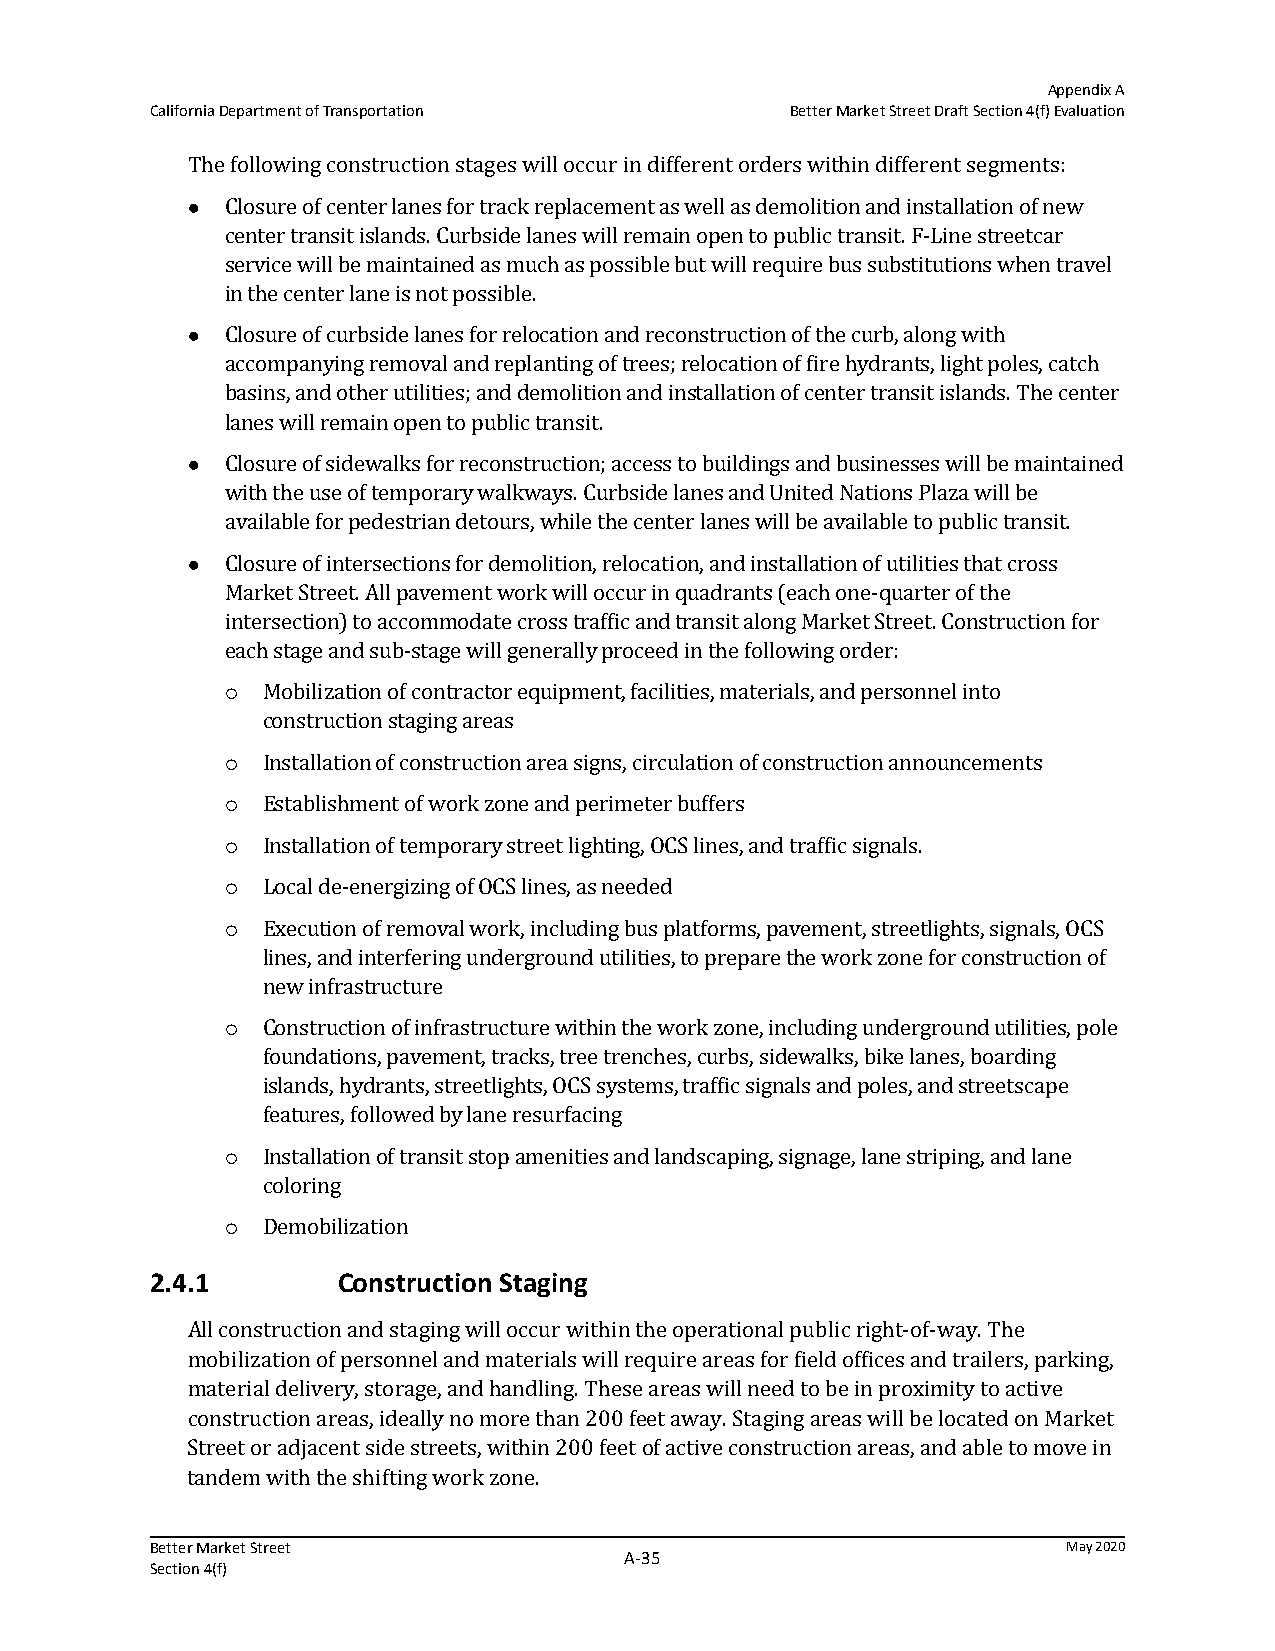
Appendix A
 California Department of Transportation   Better Market Street Draft Section 4(f) Evaluation
 The following construction stages will occur in different orders within different segments:
   Closure of center lanes for track replacement as well as demolition and installation of new
 center transit islands. Curbside lanes will remain open to public transit. F-Line streetcar
 service will be maintained as much as possible but will require bus substitutions when travel
 in the center lane is not possible.
   Closure of curbside lanes for relocation and reconstruction of the curb, along with
 accompanying removal and replanting of trees; relocation of fire hydrants, light poles, catch
 basins, and other utilities; and demolition and installation of center transit islands. The center
 lanes will remain open to public transit.
   Closure of sidewalks for reconstruction; access to buildings and businesses will be maintained
 with the use of temporary walkways. Curbside lanes and United Nations Plaza will be
 available for pedestrian detours, while the center lanes will be available to public transit.
   Closure of intersections for demolition, relocation, and installation of utilities that cross
 Market Street. All pavement work will occur in quadrants (each one-quarter of the
 intersection) to accommodate cross traffic and transit along Market Street. Construction for
 each stage and sub-stage will generally proceed in the following order:
 Mobilization of contractor equipment, facilities, materials, and personnel into
 
 construction staging areas
 Installation of construction area signs, circulation of construction announcements
 
 Establishment of work zone and perimeter buffers
 
 Installation of temporary street lighting, OCS lines, and traffic signals.
 
 Local de-energizing of OCS lines, as needed
 
 Execution of removal work, including bus platforms, pavement, streetlights, signals, OCS
 
 lines, and interfering underground utilities, to prepare the work zone for construction of
 new infrastructure
 Construction of infrastructure within the work zone, including underground utilities, pole
 
 foundations, pavement, tracks, tree trenches, curbs, sidewalks, bike lanes, boarding
 islands, hydrants, streetlights, OCS systems, traffic signals and poles, and streetscape
 features, followed by lane resurfacing
 Installation of transit stop amenities and landscaping, signage, lane striping, and lane
 
 coloring
 Demobilization
 
 2.4.1       Construction Staging
 All construction and staging will occur within the operational public right-of-way. The
 mobilization of personnel and materials will require areas for field offices and trailers, parking,
 material delivery, storage, and handling. These areas will need to be in proximity to active
 construction areas, ideally no more than 200 feet away. Staging areas will be located on Market
 Street or adjacent side streets, within 200 feet of active construction areas, and able to move in
 tandem with the shifting work zone.
 Better Market Street                                         May 2020
 A‐35
 Section 4(f)